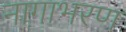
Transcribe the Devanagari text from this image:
नागाभरण